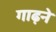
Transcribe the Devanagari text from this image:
गाढ़ने